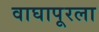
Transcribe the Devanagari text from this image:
वाघापूरला